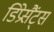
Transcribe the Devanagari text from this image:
डिप्रेसैंट्स